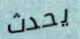
يحدث